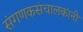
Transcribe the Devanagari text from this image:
संगणकसंचालकांनी